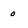
Character: 0